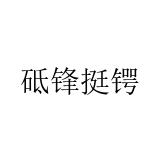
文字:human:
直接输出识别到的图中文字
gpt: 砥锋挺锷